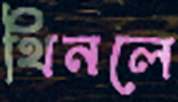
থিনলে